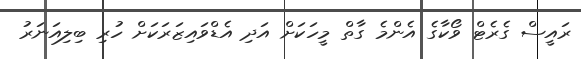
ރައީސް ގެރެޓް ވޯކާގެ އެންމެ ގާތް މީހަކަށް އަދި އެޑްވައިޒަރަކަށް ހުރި ބިލިއަނަރު